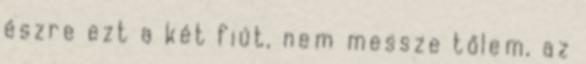
észre ezt a két fiút, nem messze tőlem, az